Report on horse surra - Volume II, Part II
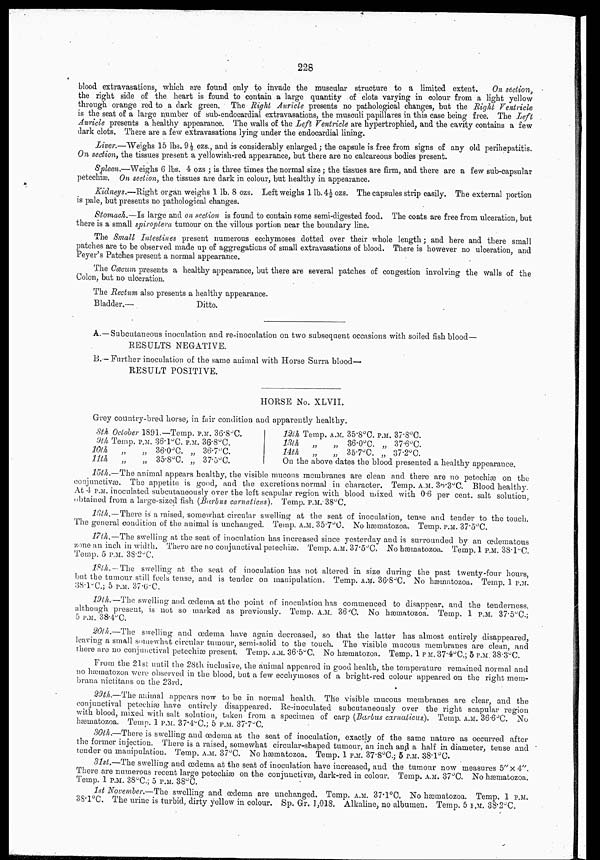
228
blood extravasations, which are found only to invade the muscular structure to a limited extent.
On section,
the right side of the heart is found to contain a large quantity of clots varying in colour from a light yellow
through orange red to a dark green. The Right Auricle presents no pathological changes, but the Right Ventricle
is the seat of a large number of sub-endocardial extravasations, the musculi papillares in this case being free. The Left
Auricle presents a healthy appearance. The walls of the Left Ventricle are hypertrophied, and the cavity contains a few
dark clots. There are a few extravasations lying under the endocardial lining.
Liver.—Weighs 15 lbs. 9½ ozs., and is considerably enlarged; the capsule is free from signs of any old perihepatitis.
On section, the tissues present a yellowish-red appearance, but there are no calcareous bodies present.
Spleen.—Weighs 6 lbs. 4 ozs ; is three times the normal size; the tissues are firm, and there are a few sub-capsular
petechiæ. On section, the tissues are dark in colour, but healthy in appearance.
Kidneys.—Right organ weighs 1 lb. 8 ozs. Left weighs 1 lb. 4½ ozs. The capsules strip easily. The external portion
is pale, but presents no pathological changes.
Stomach.—Is large and on section is found to contain some semi-digested food. The coats are free from ulceration, but
there is a small spiroptera tumour on the villous portion near the boundary line.
The Small Intestines present numerous ecchymoses dotted over their whole length; and here and there small
patches are to be observed made up of aggregations of small extravasations of blood. There is however no ulceration, and
Peyer's Patches present a normal appearance.
The Cæcum presents a healthy appearance, but there are several patches of congestion involving the walls of the
Colon, but no ulceration.
The Rectum also presents a healthy appearance.
Bladder.—
Ditto.
A.—Subcutaneous inoculation and re-inoculation on two subsequent occasions with soiled fish blood—
RESULTS NEGATIVE.
B.—Further inoculation of the same animal with Horse Surra blood—
RESULT POSITIVE.
HORSE No. XLVII.
Grey country-bred horse; in fair condition and apparently healthy.
8th October 1891.—Temp. P.M. 36.8°C.
9th
10th
11th
Temp.
„
„
P.M.
„
„
36.1°C.
36.0°C.
35.8°C.
P.M.
„
„
36.8°C.
36.7°C.
37.5°C.
12th
13th
14th
Temp.
„
„
A.M.
„
„
35.8°C.
36.0°C.
35.7°C.
P.M
„
„
37.8°C.
37.6°C.
37.2°C.
On the above dates the blood presented a healthy appearance.
15th.—The animal appears healthy, the visible mucous membranes are clean and there are no petechiæ on the
conjunctivæ. The appetite is good, and the excretions normal in character. Temp. A.M. 36.3°C. Blood healthy.
At 4 P.M. inoculated subcutaneously over the left scapular region with blood mixed with 0.6 per cent. salt solution,
obtained from a large-sized fish (Barbus carnaticus). Temp. P.M. 38°C.
16th. — There is a raised, somewhat circular swelling at the seat of inoculation, tense and tender to the touch.
The general condition of the animal is unchanged. Temp. A.M. 35.7°C. No hæmatozoa. Temp. P.M. 37.5°C.
17th.—The swelling at the seat of inoculation has increased since yesterday and is surrounded by an œdematous
zone an inch in width. There are no conjunctival petechiæ. Temp. A.M. 37.5°C. No hæmatozoa. Temp. 1 P.M. 38.1°C.
Temp. 5 P.M. 38.2°C.
18th.—The swelling at the seat of inoculation has not altered in size during the past twenty-four hours,
but the tumour still feels tense, and is tender on manipulation. Temp. A.M. 36.8°C. NO hæmatozoa. Temp. 1 P.M.
38.1°C.; 5 P.M. 37.6°C.
19th.—The swelling and œdema at the point of inoculation has commenced to disappear, and the tenderness,
although present, is not so marked as previously. Temp. A.M. 36 °C. No hæmatozoa. Temp. 1 P.M. 37.5°C.;
5 P.M. 38.4°C.
20th.—The swelling and œdema have again decreased, so that the latter has almost entirely disappeared,
leaving a small somewhat circular tumour, semi-solid to the touch. The visible mucous membranes are clean, and
there are no conjunctival petechiæ present. Temp. A.M. 36.5°C. NO hæmatozoa. Temp. 1 P.M. 37.4°C.; 5 P.M. 38.3°C.
From the 21st until the 28th inclusive, the animal appeared in good health, the temperature remained normal and
no hæmatozoa were observed in the blood, but a few ecchymoses of a bright-red colour appeared on the right mem¬
brana nictitans on the 23rd.
29th.—The animal appears now to be in normal health. The visible mucous membranes are clear, and the
conjunctival petechiæ have entirely disappeared. Re-inoculated subcutaneously over the right scapular region
with blood, mixed with salt solution, taken from a specimen of carp (Barbus carnaticus). Temp. A.M. 36.6°C. NO
hæmatozoa. Temp. 1 P.M. 37.4°C.; 5 P.M. 37.7°C.
30th.—There is swelling and œdema at the seat of inoculation, exactly of the same nature as occurred after
the former injection. There is a raised, somewhat circular-shaped tumour, an inch and a half in diameter, tense and
tender on manipulation. Temp. A.M. 37°C. NO hæmatozoa. Temp. 1 P.M. 37.8°C.; 5 P.M. 38.1°C.
31st.—The swelling and œdema at the seat of inoculation have increased, and the tumour now measures 5"×4".
There are numerous recent large petechiæ on the conjunctivæ, dark-red in colour. Temp. A.M. 37°C. NO hæmatozoa.
Temp. 1 P.M. 38°C.; 5 P.M. 38°C.
1st November.—The swelling and œdema are unchanged. Temp. A.M. 37.1°C. No hæmatozoa. Temp. 1 P.M.
38.1°C. The urine is turbid, dirty yellow in colour. Sp. Gr. 1,018. Alkaline, no albumen. Temp. 5 P.M. 38.2°C.